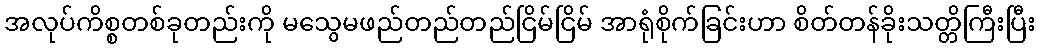
အလုပ်ကိစ္စတစ်ခုတည်းကို မသွေမဖည်တည်တည်ငြိမ်ငြိမ် အာရုံစိုက်ခြင်းဟာ စိတ်တန်ခိုးသတ္တိကြီးပြီး